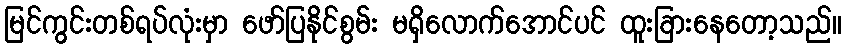
မြင်ကွင်းတစ်ရပ်လုံးမှာ ဖော်ပြနိုင်စွမ်း မရှိလောက်အောင်ပင် ထူးခြားနေတော့သည်။